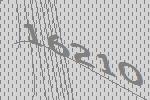
16210